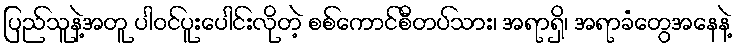
ပြည်သူနဲ့အတူ ပါဝင်ပူးပေါင်းလိုတဲ့ စစ်ကောင်စီတပ်သား၊ အရာရှိ၊ အရာခံတွေအနေနဲ့